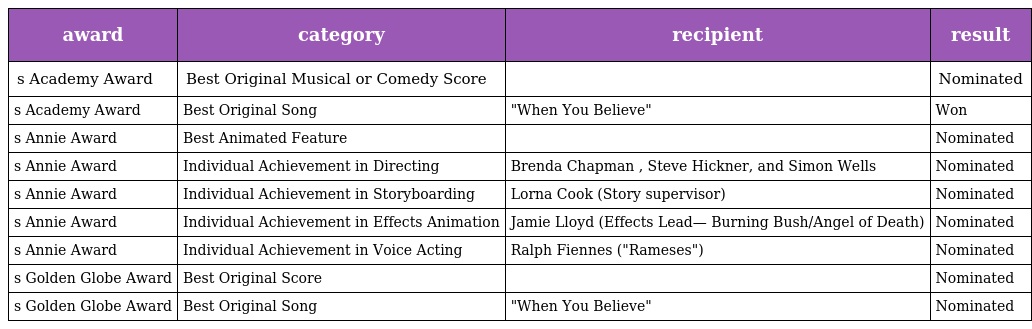
| award | category | recipient | result |
 | --- | --- | --- | --- |
 | s Academy Award | Best Original Musical or Comedy Score |  | Nominated |
 | s Academy Award | Best Original Song | "When You Believe" | Won |
 | s Annie Award | Best Animated Feature |  | Nominated |
 | s Annie Award | Individual Achievement in Directing | Brenda Chapman , Steve Hickner, and Simon Wells | Nominated |
 | s Annie Award | Individual Achievement in Storyboarding | Lorna Cook (Story supervisor) | Nominated |
 | s Annie Award | Individual Achievement in Effects Animation | Jamie Lloyd (Effects Lead— Burning Bush/Angel of Death) | Nominated |
 | s Annie Award | Individual Achievement in Voice Acting | Ralph Fiennes ("Rameses") | Nominated |
 | s Golden Globe Award | Best Original Score |  | Nominated |
 | s Golden Globe Award | Best Original Song | "When You Believe" | Nominated |